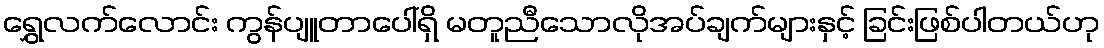
ရွှေလက်လောင်း ကွန်ပျူတာပေါ်ရှိ မတူညီသောလိုအပ်ချက်များနှင့် ခြင်းဖြစ်ပါတယ်ဟု